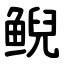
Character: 鲵